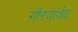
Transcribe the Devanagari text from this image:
गौरवार्थच